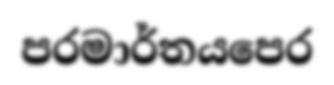
පරමාර්තයපෙර